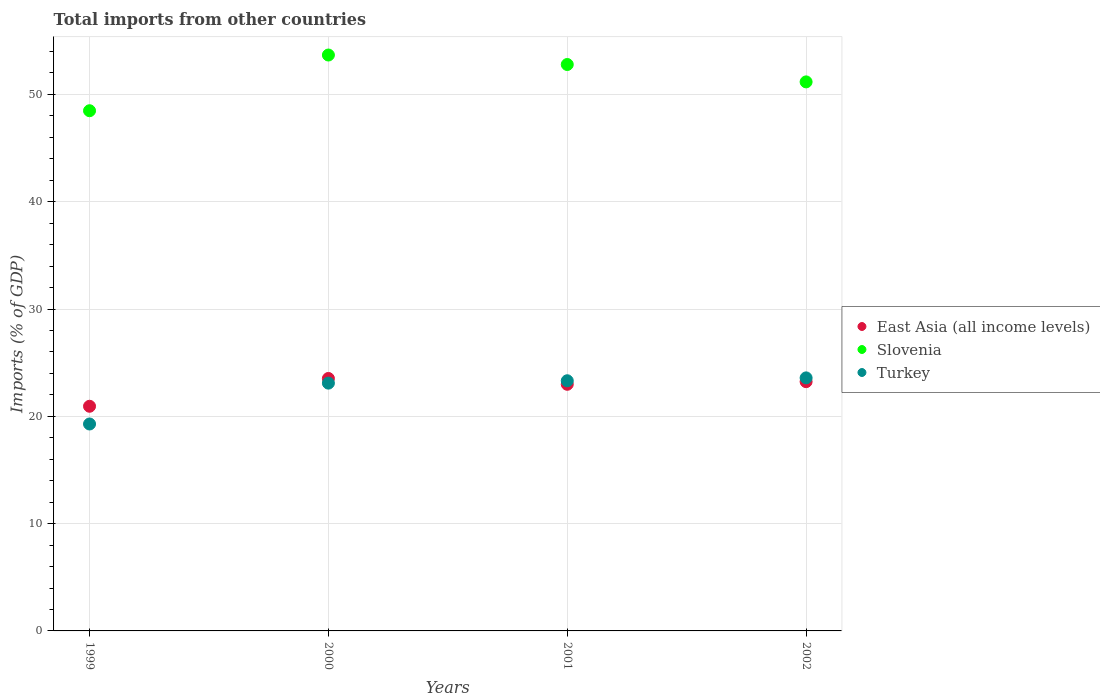
| Years | East Asia (all income levels) | Slovenia | Turkey |
 | --- | --- | --- | --- |
 | 1999 | 20.9 | 48.5 | 19.3 |
 | 2000 | 23.5 | 53.7 | 23.1 |
 | 2001 | 23 | 52.8 | 23.3 |
 | 2002 | 23.2 | 51.2 | 23.6 |